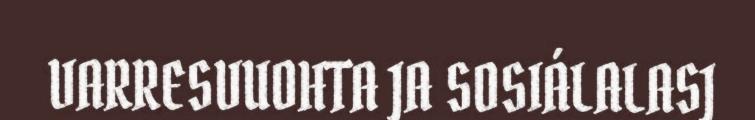
VARRESVUOHTA JA SOSIÁLALASJ